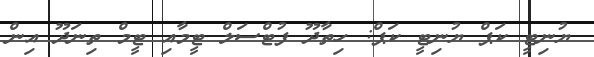
ޔުނިޓީ ކަޕް ޔުނިޓީ ކަޕް: ހިތާދޫ ފުޓްސަލް ޓީމާއި ޓީމް ތިނަދޫ އިން